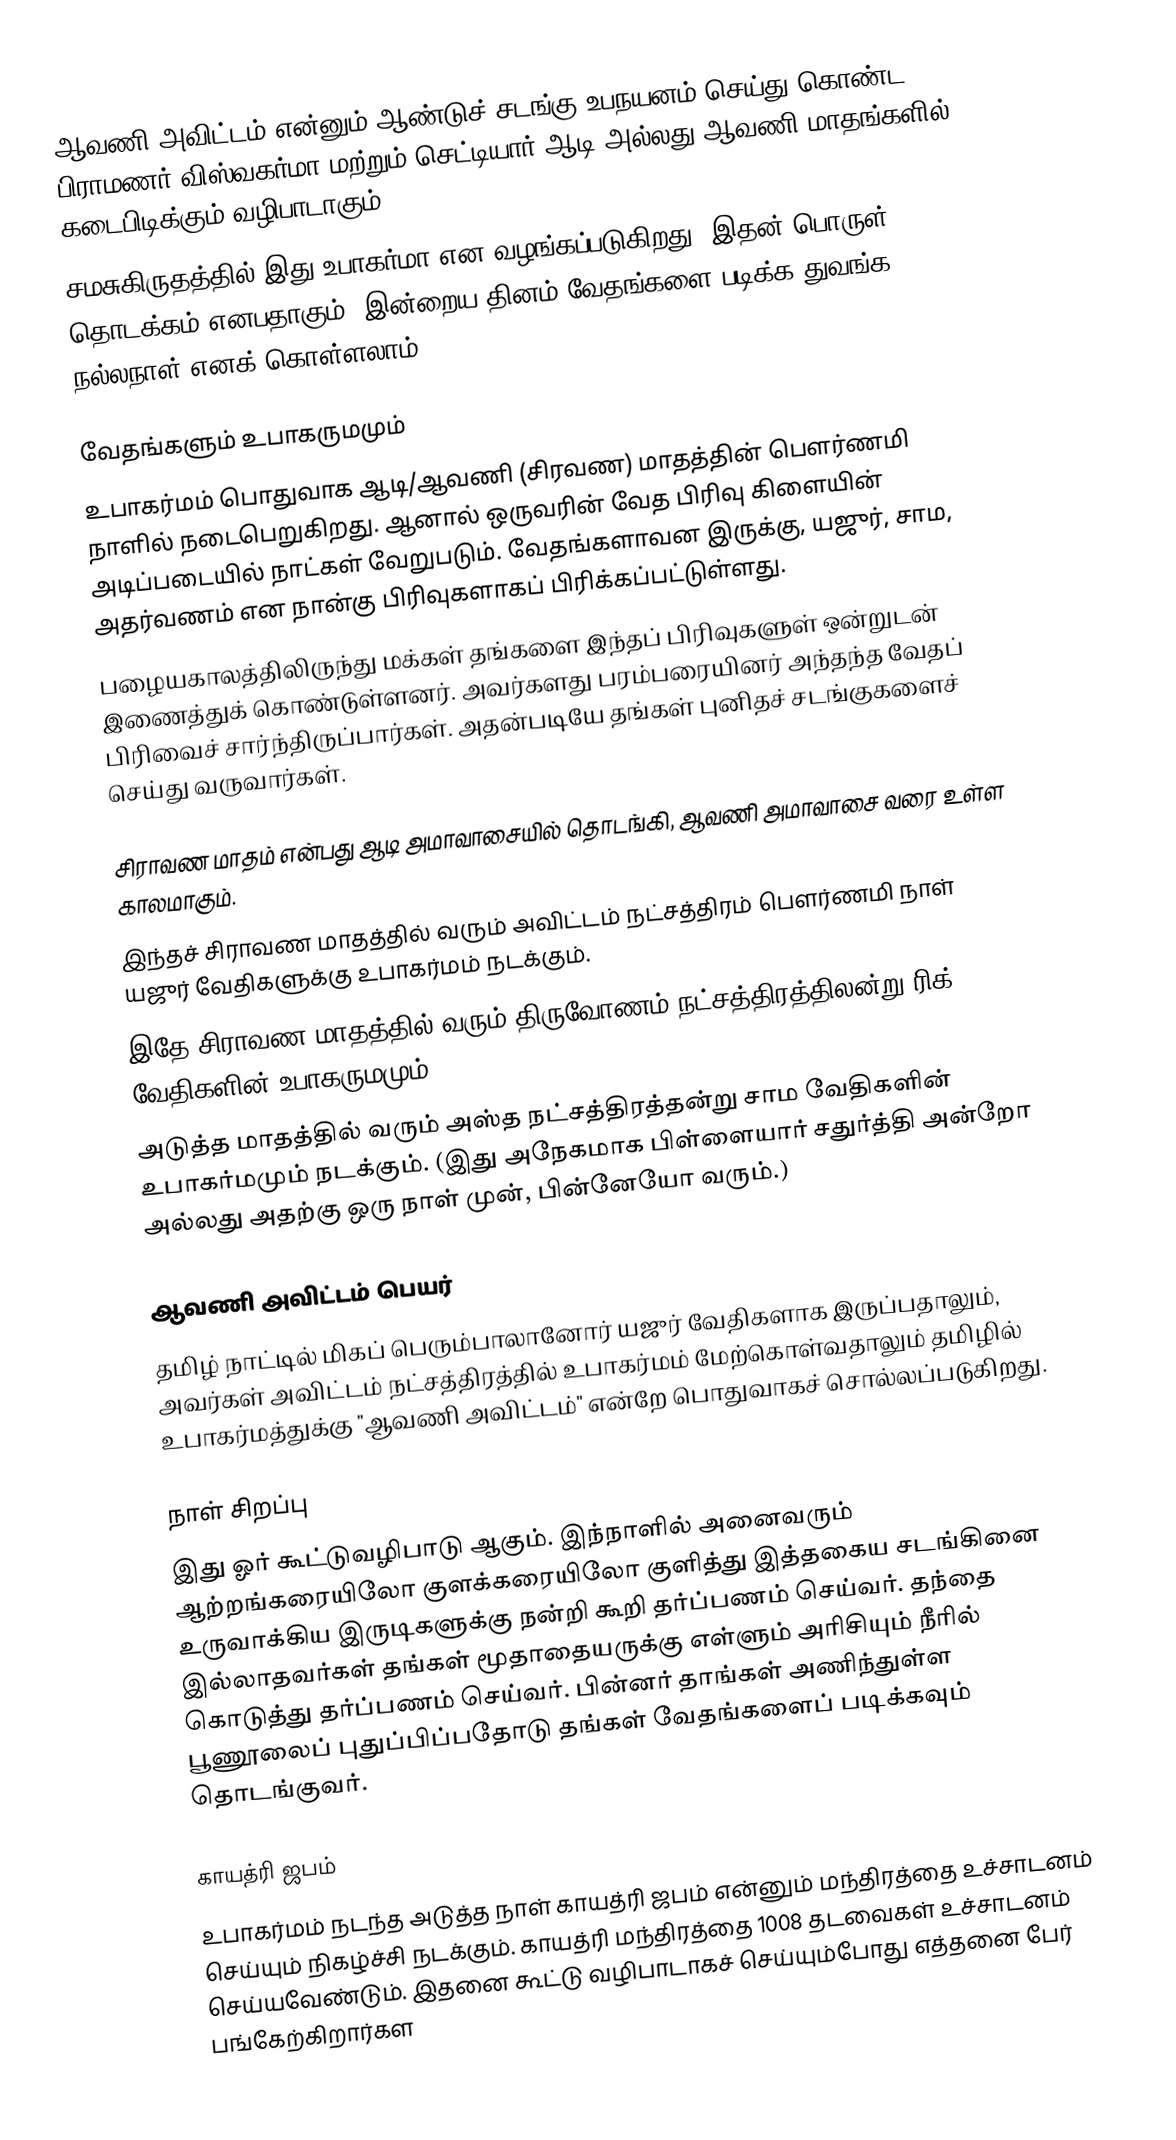
ஆவணி அவிட்டம் என்னும் ஆண்டுச் சடங்கு உபநயனம் செய்து கொண்ட பிராமணர் விஸ்வகர்மா மற்றும் செட்டியார் ஆடி  அல்லது ஆவணி மாதங்களில்  கடைபிடிக்கும் வழிபாடாகும்.
சமசுகிருதத்தில் இது உபாகர்மா என வழங்கப்படுகிறது. இதன் பொருள் தொடக்கம் எனபதாகும். இன்றைய தினம் வேதங்களை படிக்க துவங்க நல்லநாள் எனக் கொள்ளலாம்.

வேதங்களும் உபாகருமமும்
உபாகர்மம் பொதுவாக ஆடி/ஆவணி (சிரவண) மாதத்தின் பௌர்ணமி நாளில் நடைபெறுகிறது. ஆனால் ஒருவரின் வேத பிரிவு கிளையின் அடிப்படையில் நாட்கள் வேறுபடும். வேதங்களாவன இருக்கு, யஜுர், சாம, அதர்வணம் என நான்கு பிரிவுகளாகப் பிரிக்கப்பட்டுள்ளது.
பழையகாலத்திலிருந்து மக்கள் தங்களை இந்தப் பிரிவுகளுள் ஒன்றுடன் இணைத்துக் கொண்டுள்ளனர். அவர்களது பரம்பரையினர் அந்தந்த வேதப் பிரிவைச் சார்ந்திருப்பார்கள். அதன்படியே தங்கள் புனிதச் சடங்குகளைச் செய்து வருவார்கள்.

சிராவண மாதம் என்பது ஆடி அமாவாசையில் தொடங்கி, ஆவணி அமாவாசை வரை உள்ள காலமாகும்.
இந்தச் சிராவண மாதத்தில் வரும் அவிட்டம் நட்சத்திரம் பௌர்ணமி நாள் யஜுர் வேதிகளுக்கு உபாகர்மம் நடக்கும்.
இதே சிராவண மாதத்தில் வரும் திருவோணம் நட்சத்திரத்திலன்று ரிக் வேதிகளின் உபாகருமமும்,
அடுத்த மாதத்தில் வரும் அஸ்த நட்சத்திரத்தன்று சாம வேதிகளின் உபாகர்மமும் நடக்கும். (இது அநேகமாக பிள்ளையார் சதுர்த்தி அன்றோ அல்லது அதற்கு ஒரு நாள் முன், பின்னேயோ வரும்.)

ஆவணி அவிட்டம் பெயர்
தமிழ் நாட்டில் மிகப் பெரும்பாலானோர் யஜுர் வேதிகளாக இருப்பதாலும், அவர்கள் அவிட்டம் நட்சத்திரத்தில் உபாகர்மம் மேற்கொள்வதாலும் தமிழில் உபாகர்மத்துக்கு "ஆவணி அவிட்டம்" என்றே பொதுவாகச் சொல்லப்படுகிறது.

நாள் சிறப்பு
இது ஓர் கூட்டுவழிபாடு ஆகும். இந்நாளில் அனைவரும் ஆற்றங்கரையிலோ குளக்கரையிலோ குளித்து இத்தகைய சடங்கினை உருவாக்கிய இருடிகளுக்கு நன்றி கூறி தர்ப்பணம் செய்வர். தந்தை இல்லாதவர்கள் தங்கள் மூதாதையருக்கு எள்ளும் அரிசியும் நீரில் கொடுத்து தர்ப்பணம் செய்வர். பின்னர் தாங்கள் அணிந்துள்ள பூணூலைப் புதுப்பிப்பதோடு தங்கள்  வேதங்களைப் படிக்கவும் தொடங்குவர்.

காயத்ரி ஜபம்
உபாகர்மம் நடந்த அடுத்த நாள் காயத்ரி ஜபம் என்னும் மந்திரத்தை உச்சாடனம் செய்யும் நிகழ்ச்சி நடக்கும். காயத்ரி மந்திரத்தை 1008 தடவைகள் உச்சாடனம் செய்யவேண்டும். இதனை கூட்டு வழிபாடாகச் செய்யும்போது எத்தனை பேர் பங்கேற்கிறார்கள